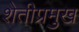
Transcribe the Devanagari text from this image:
शेतीप्रमुख